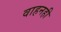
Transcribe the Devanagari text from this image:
वाहनही